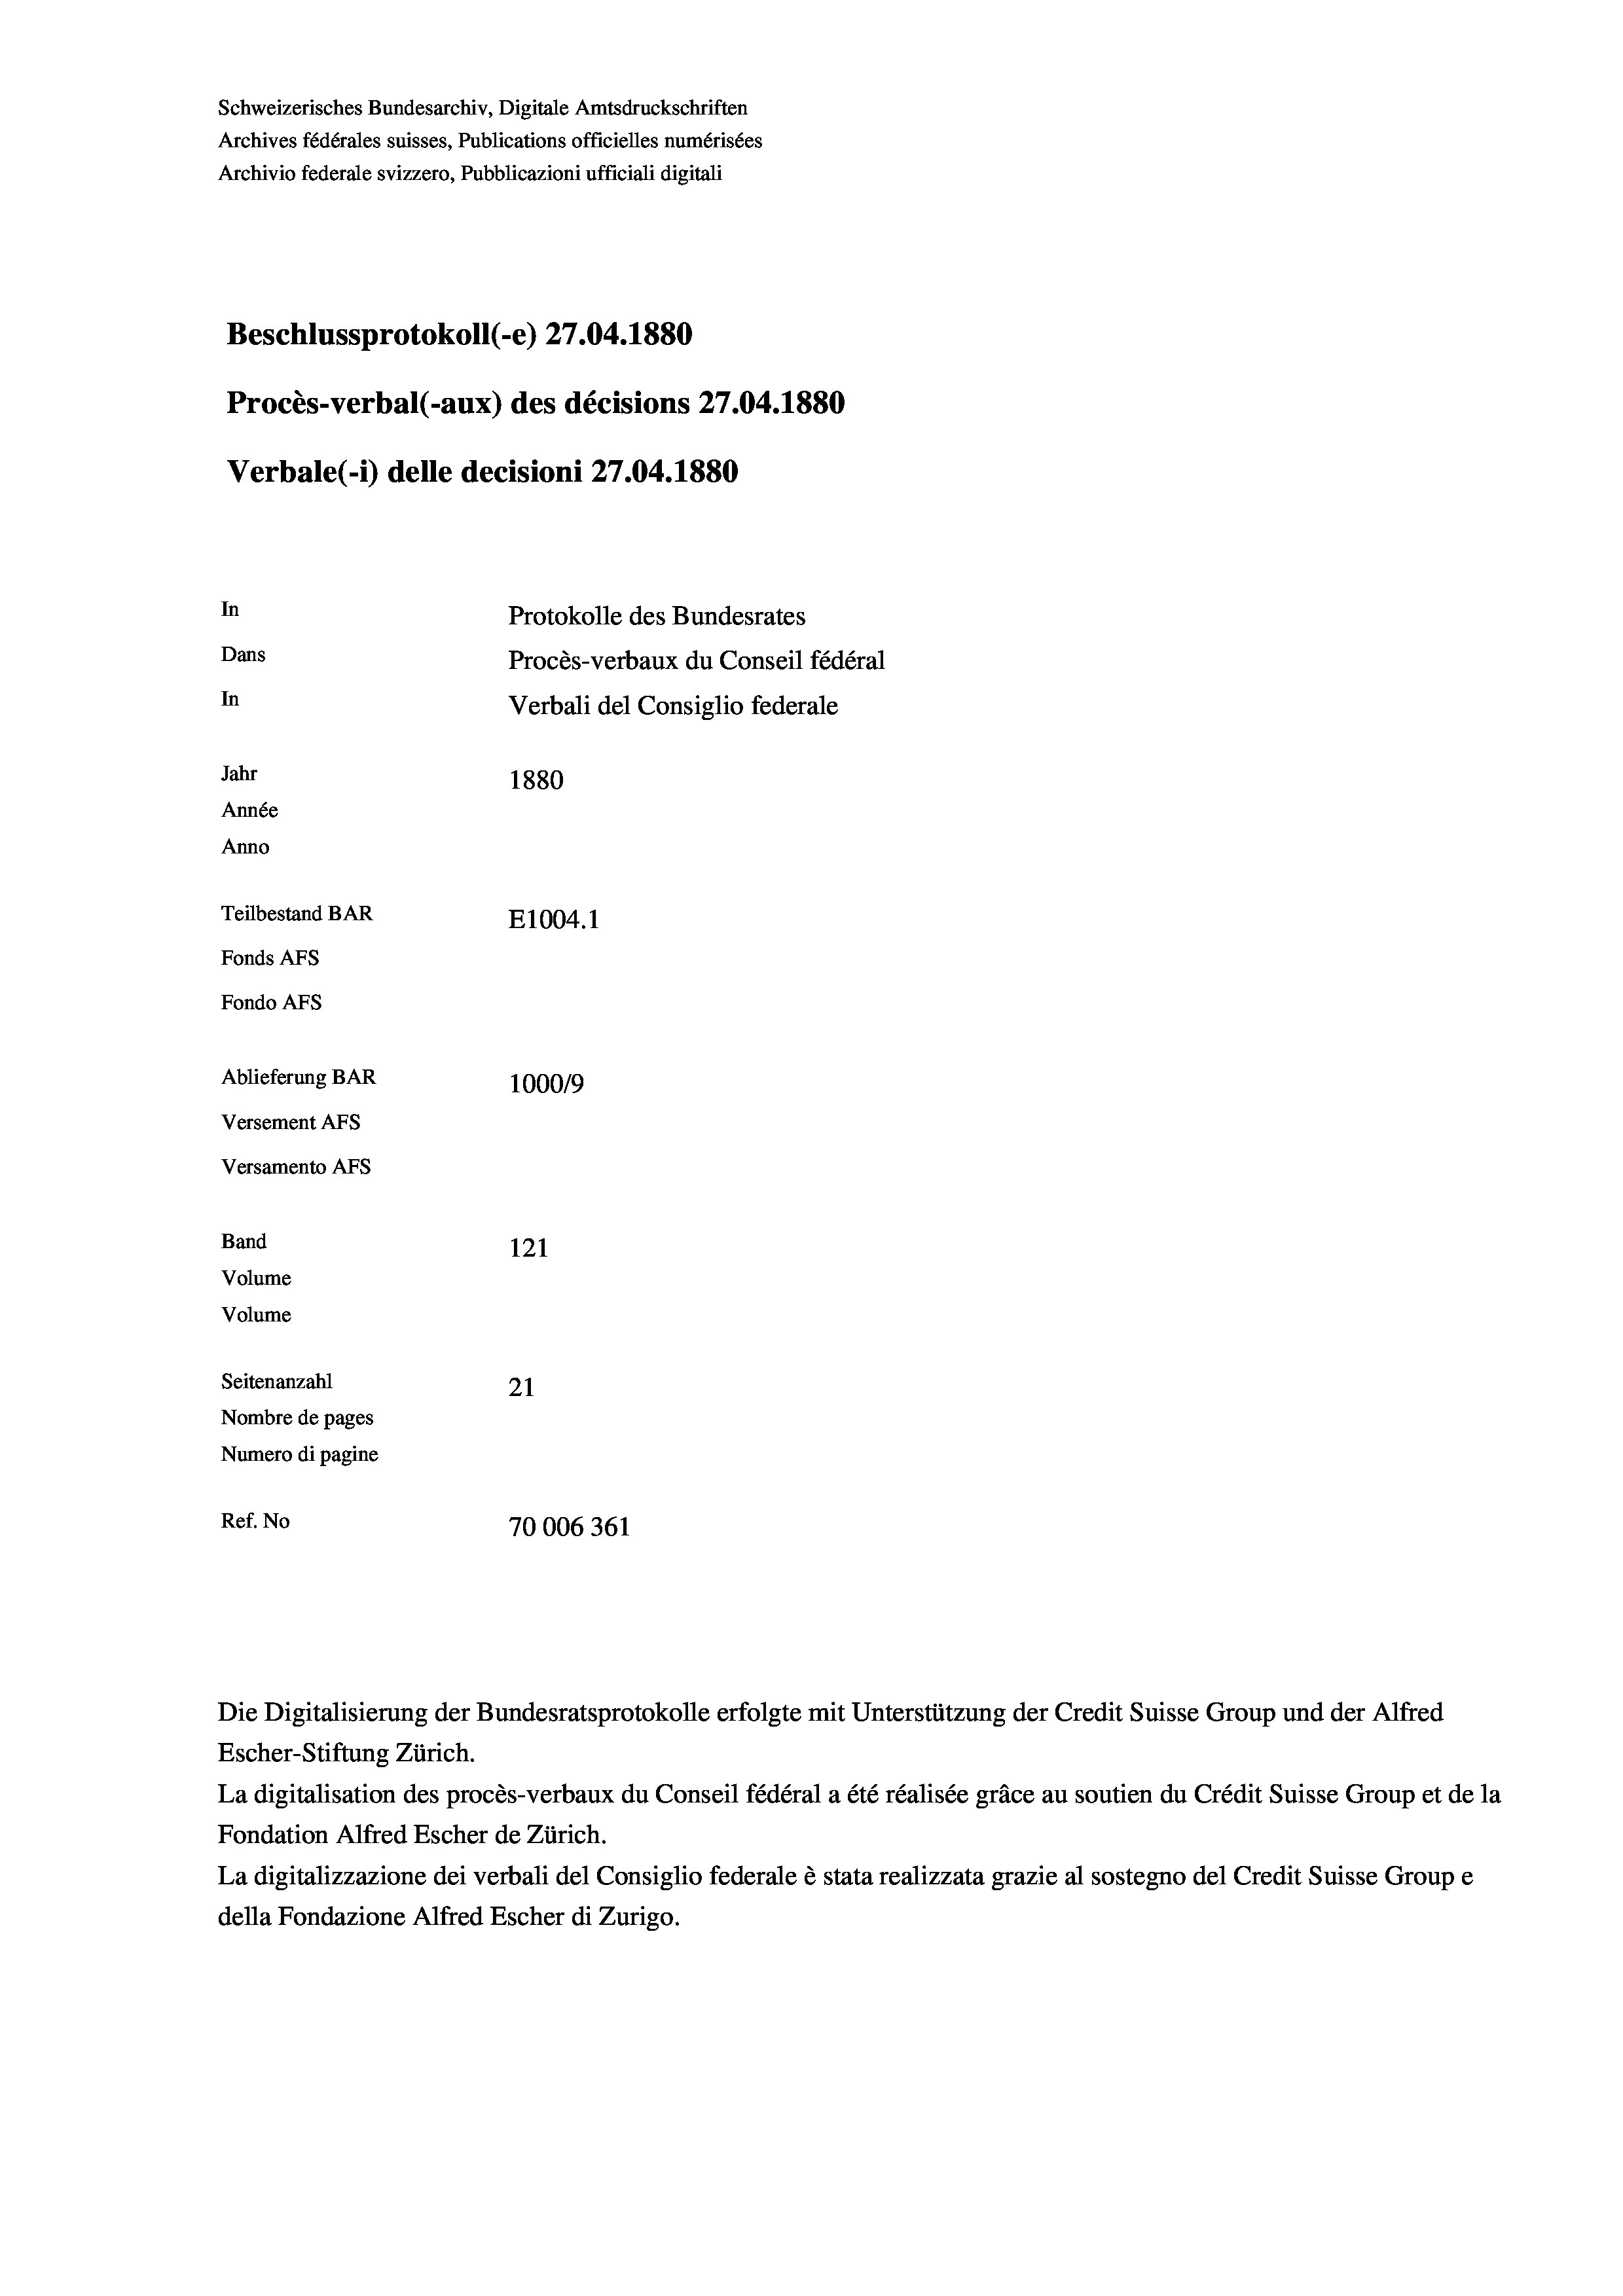
Schweizerisches Bundesarchiv, Digitale Amtsdruckschriften
Archives fédérales suisses, Publications officielles numérisées
Archivio federale svizzero, Pubblicazioni ufficiali digitali
Beschlussprotokoll (-e) 27.04. 1880
Procès-verbal (-aux) des décisions 27.04. 1880
Verbale(-*) delle decisioni 27.04. 1880
In
Protokolle des Bundesrates
Dans
Procès-verbaux du Conseil fédéral
In
Verbali del Consiglio federale
Jahr
1880
Année
Anno
Teilbestand BAR
E1004. 1
Fonds Afs
Fondo AFs
Ablieferung BAR
100019
Versement AFS

Versamento AFs
Band
Volume
Volume

121
Seitenanzahl
21
Nombre de pages
Numero di pagine
Ref. No
70006361

Die Digitalisierung der Bundesratsprotokolle erfolgte mit Unterstützung der Credit Suisse Group und der Alfred
Escher-Stiftung Zürich.
La digitalisation des procès-verbaux du Conseil fédéral a été réalisée gräce au soutien du Crédit Suisse Group et de la
Fondation Alfred Escher de Zürich.
La digitalizzazione dei verbali del Consiglio federale è stata realizzata grazie al sostegno del Credit Suisse Groupe
della Fondazione Alfred Escher di Zurigo.